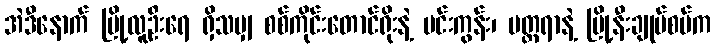
အဲဒီနောက် မြို့လူဦးရေ ရှိသမျှ စစ်ကိုင်းတောင်ရိုးနဲ့ မင်းကွန်း၊ မတ္တရာနဲ့ မြို့နီးချုပ်စပ်က